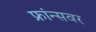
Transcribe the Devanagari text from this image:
फ्रांन्सवर